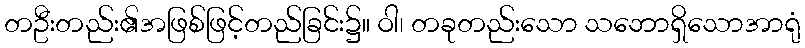
တဦးတည်း၏အဖြစ်ဖြင့်တည်ခြင်း၌။ ဝါ၊ တခုတည်းသော သဘောရှိသောအာရုံ